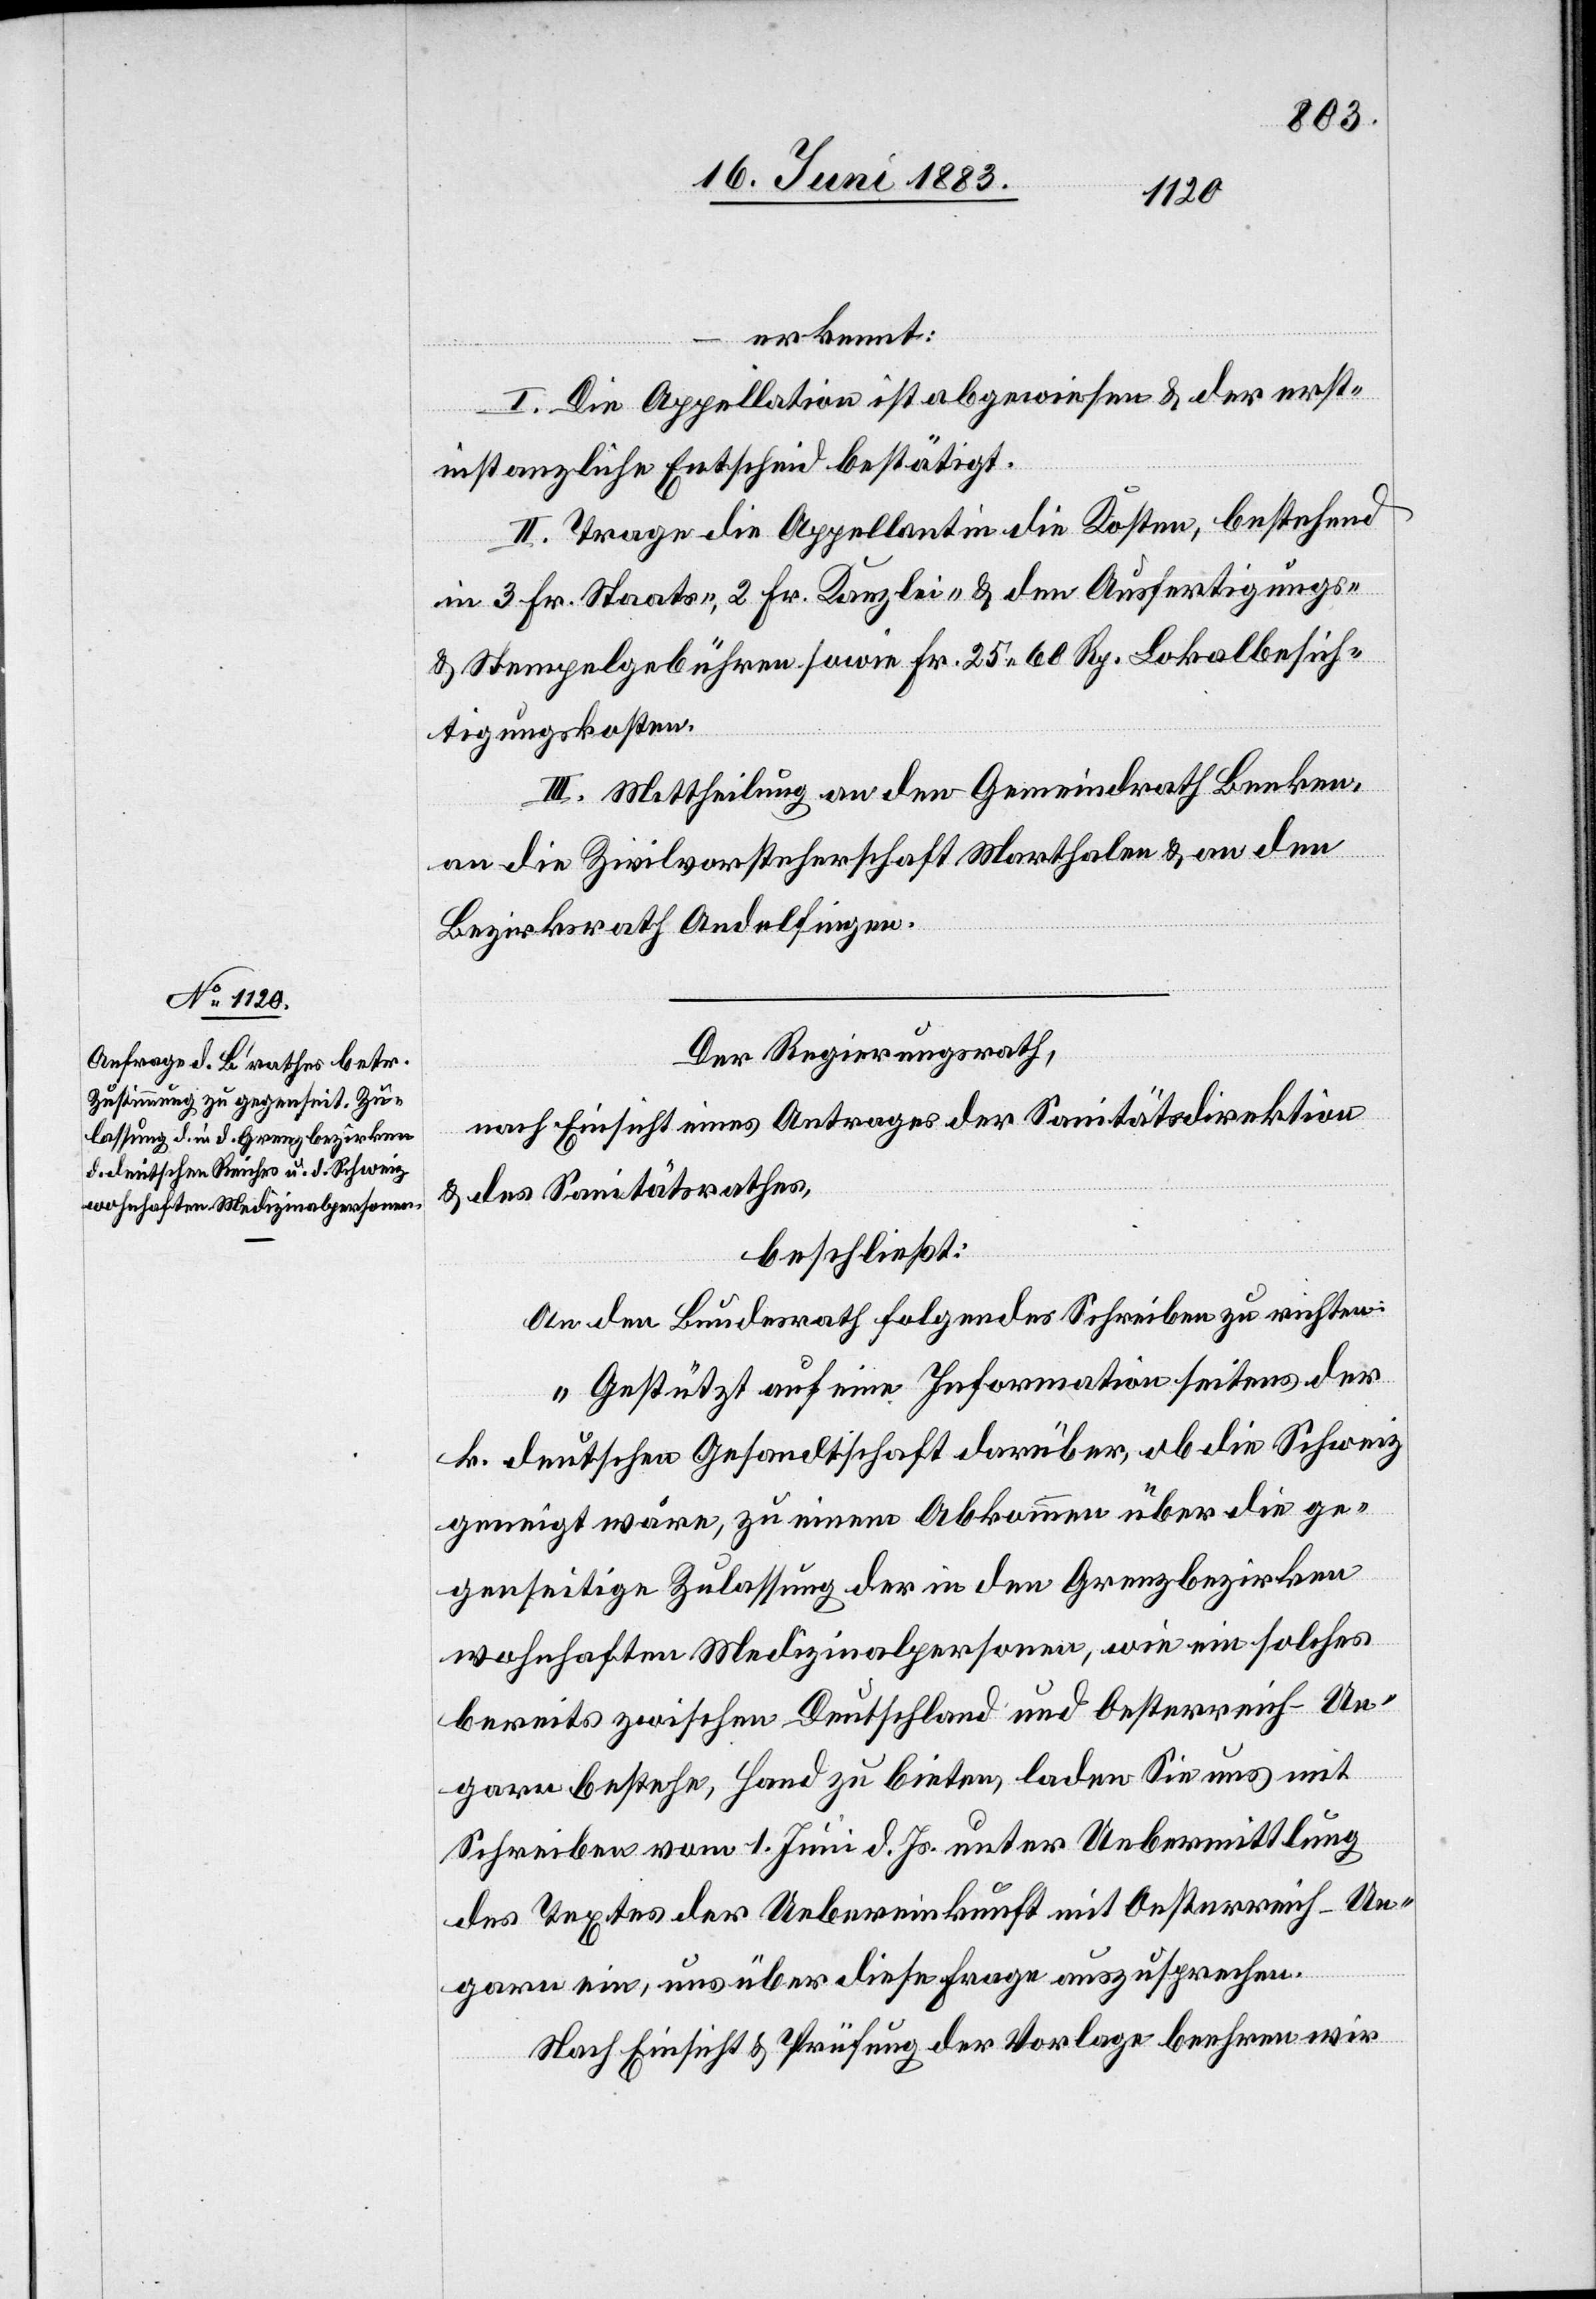
Der Regierungsrath,
nach Einsicht eines Antrages der Sanitätsdirektion
& des Sanitätsrathes,
beschließt:
An den Bundesrath folgendes Schreiben zu richten:
„Gestützt auf eine Information seitens der
k. deutschen Gesandtschaft darüber, ob die Schweiz
geneigt wäre, zu einem Abkommen über die ge¬
genseitige Zulassung der in den Grenzbezirken
wohnhaften Medizinalpersonen, wie ein solches
bereits zwischen Deutschland und Oesterreich-Un¬
garn bestehe, Hand zu bieten, laden Sie uns mit
Schreiben vom 1. Juni d. Js. unter Uebermittlung
des Textes der Uebereinkunft mit Oesterreich-Un¬
garn ein, uns über diese Frage auszusprechen.
Nach Einsicht & Prüfung der Vorlage beehren wir